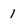
Character: 1